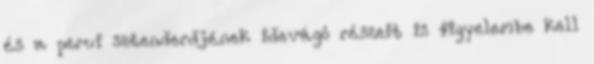
és a perui sztenderdjének idevágó részeit is figyelembe kell